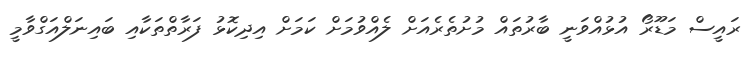
ރައީސް މަޑޫރޯ އުޅުއްވަނީ ބާރުތައް މުށުތެރެއަށް ލެއްވުމަށް ކަމަށް އިދިކޮޅު ފަރާތްތަކާއި ބައިނަލްއަގްވާމީ